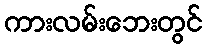
ကားလမ်းဘေးတွင်